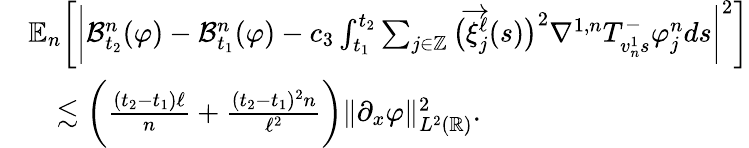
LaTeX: \begin{array}{rl}&{\mathbb{E}_{n}\bigg[\bigg|\mathcal{B}_{t_{2}}^{n}(\varphi)-\mathcal{B}_{t_{1}}^{n}(\varphi)-c_{3}\int_{t_{1}}^{t_{2}}\sum_{j\in\mathbb{Z}}\big(\overrightarrow{\xi}_{j}^{\ell}(s)\big)^{2}\nabla^{1,n}T_{v_{n}^{1}s}^{-}\varphi_{j}^{n}ds\bigg|^{2}\bigg]}\\ &{\quad\lesssim\bigg(\frac{(t_{2}-t_{1})\ell}{n}+\frac{(t_{2}-t_{1})^{2}n}{\ell^{2}}\bigg)\| \partial_{x}\varphi\| _{L^{2}(\mathbb{R})}^{2}.}\end{array}